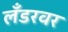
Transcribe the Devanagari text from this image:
लँडरवर